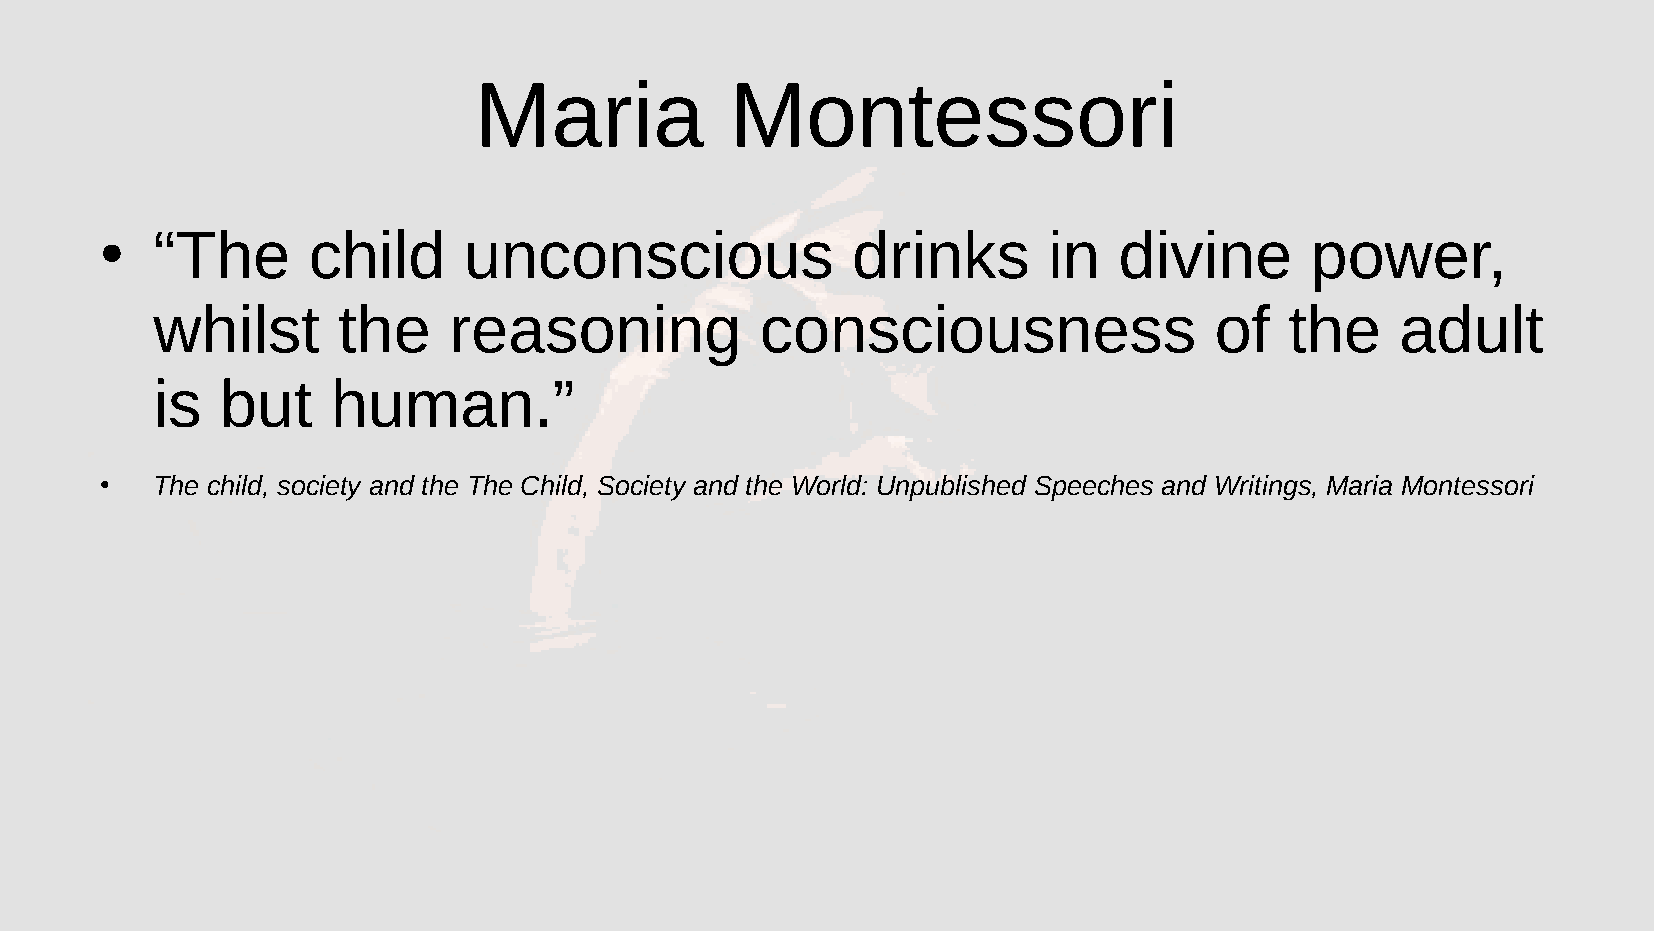
Maria            Montessori
 “The      child      unconscious              drinks       in   divine       power,
 ●
 whilst      the     reasoning           consciousness                 of   the     adult
 is   but    human.”
 The child, society and the The Child, Society and the World: Unpublished Speeches and Writings, Maria Montessori
 ●